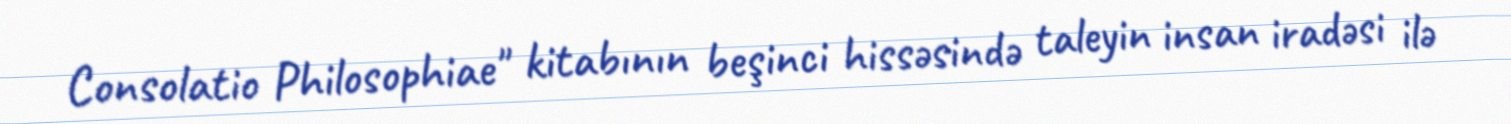
Consolatio Philosophiae" kitabının beşinci hissəsində taleyin insan iradəsi ilə